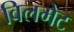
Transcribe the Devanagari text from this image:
विलमेट